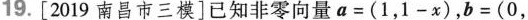
19.[2019南昌市三模]已知非零向量$$a=(1，1 - x )$$，$$b = ( 0，